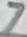
Text: 7